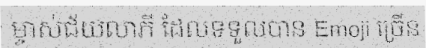
ម្ចាស់ជ័យលាភី ដែលទទួលបាន Emoji ច្រើន